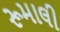
રૂમાલી